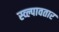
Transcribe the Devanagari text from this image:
स्व्ल्पावतार